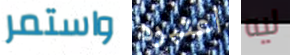
واستمر اعتبره ليه